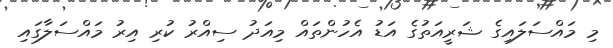
މި މައްސަލައިގެ ޝަރީއަތުގެ އަޑު އެހުންތައް މިއަދު ސިއްރު ކުރި އިރު މައްސަލާގައި